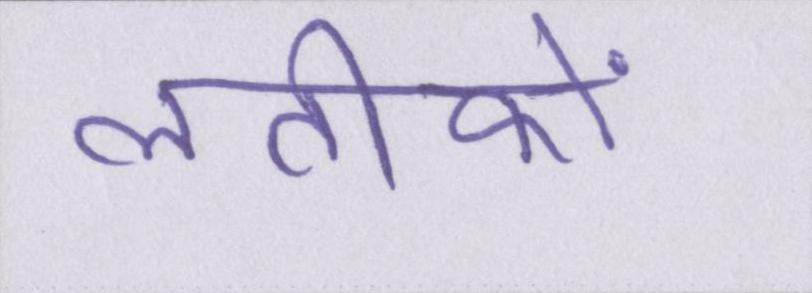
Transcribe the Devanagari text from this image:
लतीफों